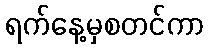
ရက်နေ့မှစတင်ကာ